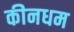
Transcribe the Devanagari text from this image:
कीनधम